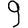
Digit: 9